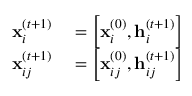
\begin{array} { r l } { \mathbf { x } _ { i } ^ { ( t + 1 ) } } & { { } = \left[ \mathbf { x } _ { i } ^ { ( 0 ) } , \mathbf { h } _ { i } ^ { ( t + 1 ) } \right] } \\ { \mathbf { x } _ { i j } ^ { ( t + 1 ) } } & { { } = \left[ \mathbf { x } _ { i j } ^ { ( 0 ) } , \mathbf { h } _ { i j } ^ { ( t + 1 ) } \right] } \end{array}